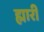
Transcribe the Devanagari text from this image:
ह्मारी